65_HS1-834228961_62-HQ-83894_Section_9
Agency: FBI
Page 255
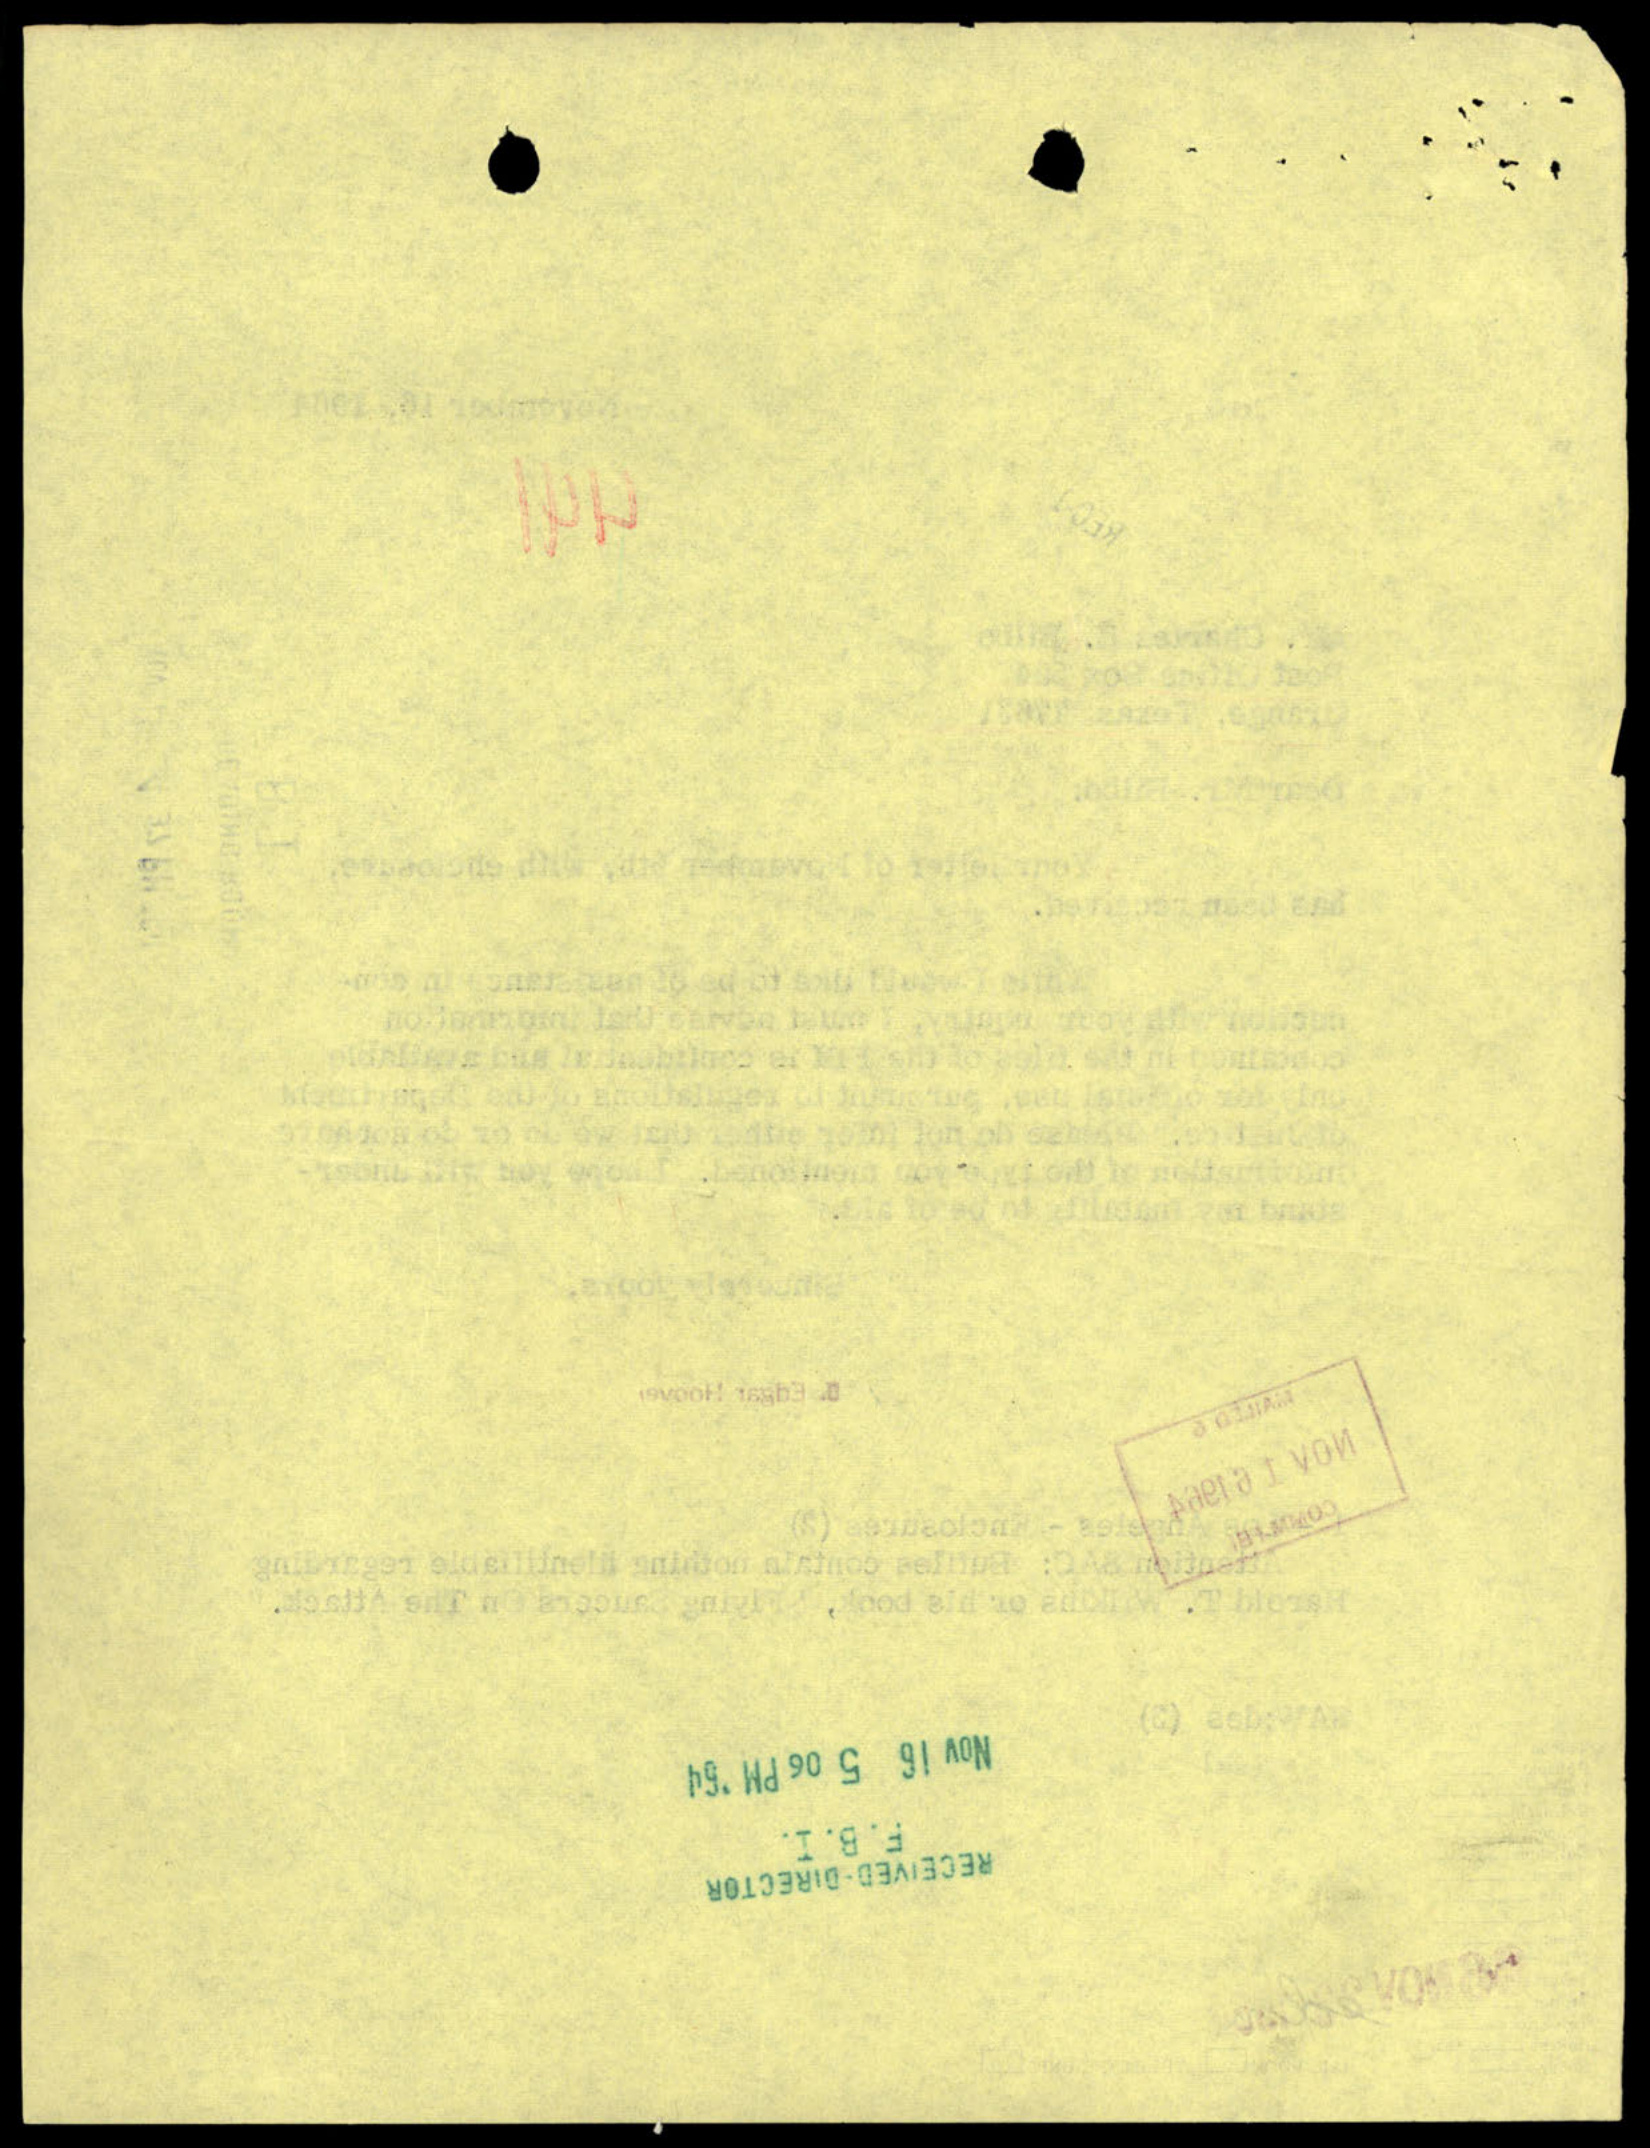